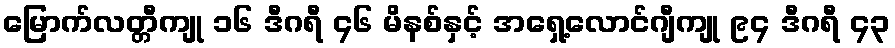
မြောက်လတ္တီကျု ၁၆ ဒီဂရီ ၄၆ မိနစ်နှင့် အရှေ့လောင်ဂျီကျု ၉၄ ဒီဂရီ ၄၃